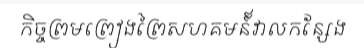
កិច្ចព្រមព្រៀងព្រៃសហគមន៍៍វាលកន្សែង